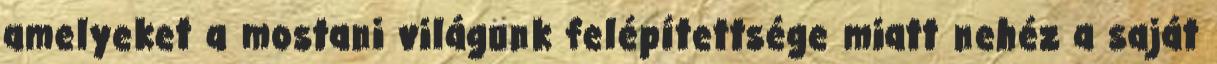
amelyeket a mostani világunk felépítettsége miatt nehéz a saját